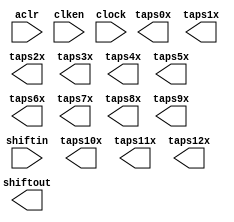
// megafunction wizard: %Shift register (RAM-based)%VBB%
// GENERATION: STANDARD
// VERSION: WM1.0
// MODULE: ALTSHIFT_TAPS 

// ============================================================
// Megafunction Name(s):
// 			ALTSHIFT_TAPS
//
// Simulation Library Files(s):
// 			altera_mf
// ============================================================
// ************************************************************
// THIS IS A WIZARD-GENERATED FILE. DO NOT EDIT THIS FILE!
//
// 14.0.0 Build 200 06/17/2014 SJ Full Version
// ************************************************************

//Copyright (C) 1991-2014 Altera Corporation. All rights reserved.
//Your use of Altera Corporation's design tools, logic functions 
//and other software and tools, and its AMPP partner logic 
//functions, and any output files from any of the foregoing 
//(including device programming or simulation files), and any 
//associated documentation or information are expressly subject 
//to the terms and conditions of the Altera Program License 
//Subscription Agreement, the Altera Quartus II License Agreement,
//the Altera MegaCore Function License Agreement, or other 
//applicable license agreement, including, without limitation, 
//that your use is for the sole purpose of programming logic 
//devices manufactured by Altera and sold by Altera or its 
//authorized distributors.  Please refer to the applicable 
//agreement for further details.

module line_buf_80pts_13lines (
	aclr,
	clken,
	clock,
	shiftin,
	shiftout,
	taps0x,
	taps10x,
	taps11x,
	taps12x,
	taps1x,
	taps2x,
	taps3x,
	taps4x,
	taps5x,
	taps6x,
	taps7x,
	taps8x,
	taps9x);

	input	  aclr;
	input	  clken;
	input	  clock;
	input	[35:0]  shiftin;
	output	[35:0]  shiftout;
	output	[35:0]  taps0x;
	output	[35:0]  taps10x;
	output	[35:0]  taps11x;
	output	[35:0]  taps12x;
	output	[35:0]  taps1x;
	output	[35:0]  taps2x;
	output	[35:0]  taps3x;
	output	[35:0]  taps4x;
	output	[35:0]  taps5x;
	output	[35:0]  taps6x;
	output	[35:0]  taps7x;
	output	[35:0]  taps8x;
	output	[35:0]  taps9x;
`ifndef ALTERA_RESERVED_QIS
// synopsys translate_off
`endif
	tri1	  aclr;
	tri1	  clken;
`ifndef ALTERA_RESERVED_QIS
// synopsys translate_on
`endif

endmodule

// ============================================================
// CNX file retrieval info
// ============================================================
// Retrieval info: PRIVATE: ACLR NUMERIC "1"
// Retrieval info: PRIVATE: CLKEN NUMERIC "1"
// Retrieval info: PRIVATE: GROUP_TAPS NUMERIC "1"
// Retrieval info: PRIVATE: INTENDED_DEVICE_FAMILY STRING "Cyclone V"
// Retrieval info: PRIVATE: NUMBER_OF_TAPS NUMERIC "13"
// Retrieval info: PRIVATE: RAM_BLOCK_TYPE NUMERIC "1"
// Retrieval info: PRIVATE: SYNTH_WRAPPER_GEN_POSTFIX STRING "0"
// Retrieval info: PRIVATE: TAP_DISTANCE NUMERIC "80"
// Retrieval info: PRIVATE: WIDTH NUMERIC "36"
// Retrieval info: LIBRARY: altera_mf altera_mf.altera_mf_components.all
// Retrieval info: CONSTANT: INTENDED_DEVICE_FAMILY STRING "Cyclone V"
// Retrieval info: CONSTANT: LPM_HINT STRING "RAM_BLOCK_TYPE=M10K"
// Retrieval info: CONSTANT: LPM_TYPE STRING "altshift_taps"
// Retrieval info: CONSTANT: NUMBER_OF_TAPS NUMERIC "13"
// Retrieval info: CONSTANT: TAP_DISTANCE NUMERIC "80"
// Retrieval info: CONSTANT: WIDTH NUMERIC "36"
// Retrieval info: USED_PORT: aclr 0 0 0 0 INPUT VCC "aclr"
// Retrieval info: USED_PORT: clken 0 0 0 0 INPUT VCC "clken"
// Retrieval info: USED_PORT: clock 0 0 0 0 INPUT NODEFVAL "clock"
// Retrieval info: USED_PORT: shiftin 0 0 36 0 INPUT NODEFVAL "shiftin[35..0]"
// Retrieval info: USED_PORT: shiftout 0 0 36 0 OUTPUT NODEFVAL "shiftout[35..0]"
// Retrieval info: USED_PORT: taps0x 0 0 36 0 OUTPUT NODEFVAL "taps0x[35..0]"
// Retrieval info: USED_PORT: taps10x 0 0 36 0 OUTPUT NODEFVAL "taps10x[35..0]"
// Retrieval info: USED_PORT: taps11x 0 0 36 0 OUTPUT NODEFVAL "taps11x[35..0]"
// Retrieval info: USED_PORT: taps12x 0 0 36 0 OUTPUT NODEFVAL "taps12x[35..0]"
// Retrieval info: USED_PORT: taps1x 0 0 36 0 OUTPUT NODEFVAL "taps1x[35..0]"
// Retrieval info: USED_PORT: taps2x 0 0 36 0 OUTPUT NODEFVAL "taps2x[35..0]"
// Retrieval info: USED_PORT: taps3x 0 0 36 0 OUTPUT NODEFVAL "taps3x[35..0]"
// Retrieval info: USED_PORT: taps4x 0 0 36 0 OUTPUT NODEFVAL "taps4x[35..0]"
// Retrieval info: USED_PORT: taps5x 0 0 36 0 OUTPUT NODEFVAL "taps5x[35..0]"
// Retrieval info: USED_PORT: taps6x 0 0 36 0 OUTPUT NODEFVAL "taps6x[35..0]"
// Retrieval info: USED_PORT: taps7x 0 0 36 0 OUTPUT NODEFVAL "taps7x[35..0]"
// Retrieval info: USED_PORT: taps8x 0 0 36 0 OUTPUT NODEFVAL "taps8x[35..0]"
// Retrieval info: USED_PORT: taps9x 0 0 36 0 OUTPUT NODEFVAL "taps9x[35..0]"
// Retrieval info: CONNECT: @aclr 0 0 0 0 aclr 0 0 0 0
// Retrieval info: CONNECT: @clken 0 0 0 0 clken 0 0 0 0
// Retrieval info: CONNECT: @clock 0 0 0 0 clock 0 0 0 0
// Retrieval info: CONNECT: @shiftin 0 0 36 0 shiftin 0 0 36 0
// Retrieval info: CONNECT: shiftout 0 0 36 0 @shiftout 0 0 36 0
// Retrieval info: CONNECT: taps0x 0 0 36 0 @taps 0 0 36 0
// Retrieval info: CONNECT: taps10x 0 0 36 0 @taps 0 0 36 360
// Retrieval info: CONNECT: taps11x 0 0 36 0 @taps 0 0 36 396
// Retrieval info: CONNECT: taps12x 0 0 36 0 @taps 0 0 36 432
// Retrieval info: CONNECT: taps1x 0 0 36 0 @taps 0 0 36 36
// Retrieval info: CONNECT: taps2x 0 0 36 0 @taps 0 0 36 72
// Retrieval info: CONNECT: taps3x 0 0 36 0 @taps 0 0 36 108
// Retrieval info: CONNECT: taps4x 0 0 36 0 @taps 0 0 36 144
// Retrieval info: CONNECT: taps5x 0 0 36 0 @taps 0 0 36 180
// Retrieval info: CONNECT: taps6x 0 0 36 0 @taps 0 0 36 216
// Retrieval info: CONNECT: taps7x 0 0 36 0 @taps 0 0 36 252
// Retrieval info: CONNECT: taps8x 0 0 36 0 @taps 0 0 36 288
// Retrieval info: CONNECT: taps9x 0 0 36 0 @taps 0 0 36 324
// Retrieval info: GEN_FILE: TYPE_NORMAL line_buf_80pts_13lines.v TRUE
// Retrieval info: GEN_FILE: TYPE_NORMAL line_buf_80pts_13lines.inc FALSE
// Retrieval info: GEN_FILE: TYPE_NORMAL line_buf_80pts_13lines.cmp FALSE
// Retrieval info: GEN_FILE: TYPE_NORMAL line_buf_80pts_13lines.bsf FALSE
// Retrieval info: GEN_FILE: TYPE_NORMAL line_buf_80pts_13lines_inst.v FALSE
// Retrieval info: GEN_FILE: TYPE_NORMAL line_buf_80pts_13lines_bb.v TRUE
// Retrieval info: LIB_FILE: altera_mf